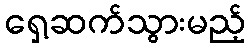
ရှေ့ဆက်သွားမည့်